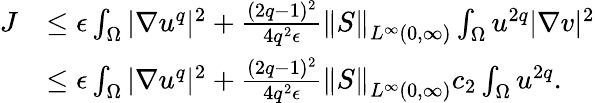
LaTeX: \begin{array}{rl}{J}&{\leq\epsilon\int_{\Omega}|\nabla u^{q}|^{2}+\frac{(2q-1)^{2}}{4q^{2}\epsilon}\left\| S\right\| _{L^{\infty}(0,\infty)}\int_{\Omega}u^{2q}|\nabla v|^{2}}\\ &{\leq\epsilon\int_{\Omega}|\nabla u^{q}|^{2}+\frac{(2q-1)^{2}}{4q^{2}\epsilon}\left\| S\right\| _{L^{\infty}(0,\infty)}c_{2}\int_{\Omega}u^{2q}.}\end{array}